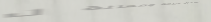
توفير حلول سريعة وفعالة ل